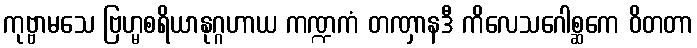
ကုဗ္ဗာမသေ ဗြဟ္မစရိယာနုဂ္ဂဟာယ ကဏ္ဍကံ တဏှာနဒီ ကိလေသဂေါစ္ဆကေ ဝိတတာ